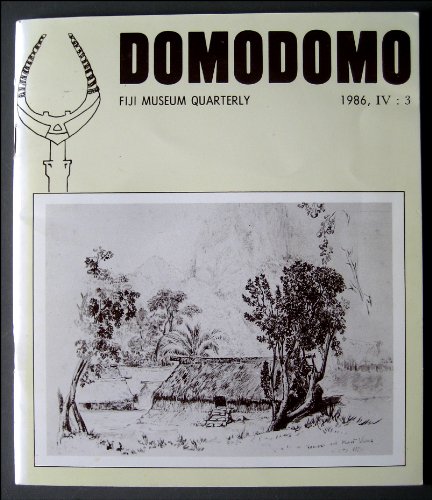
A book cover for Domodomo: Fiji Museum Quarterly, 1986, IV: 3.; Fergus, et al, eds. [Domodomo] Clunie; Travel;